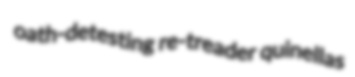
oath-detesting re-treader quinellas